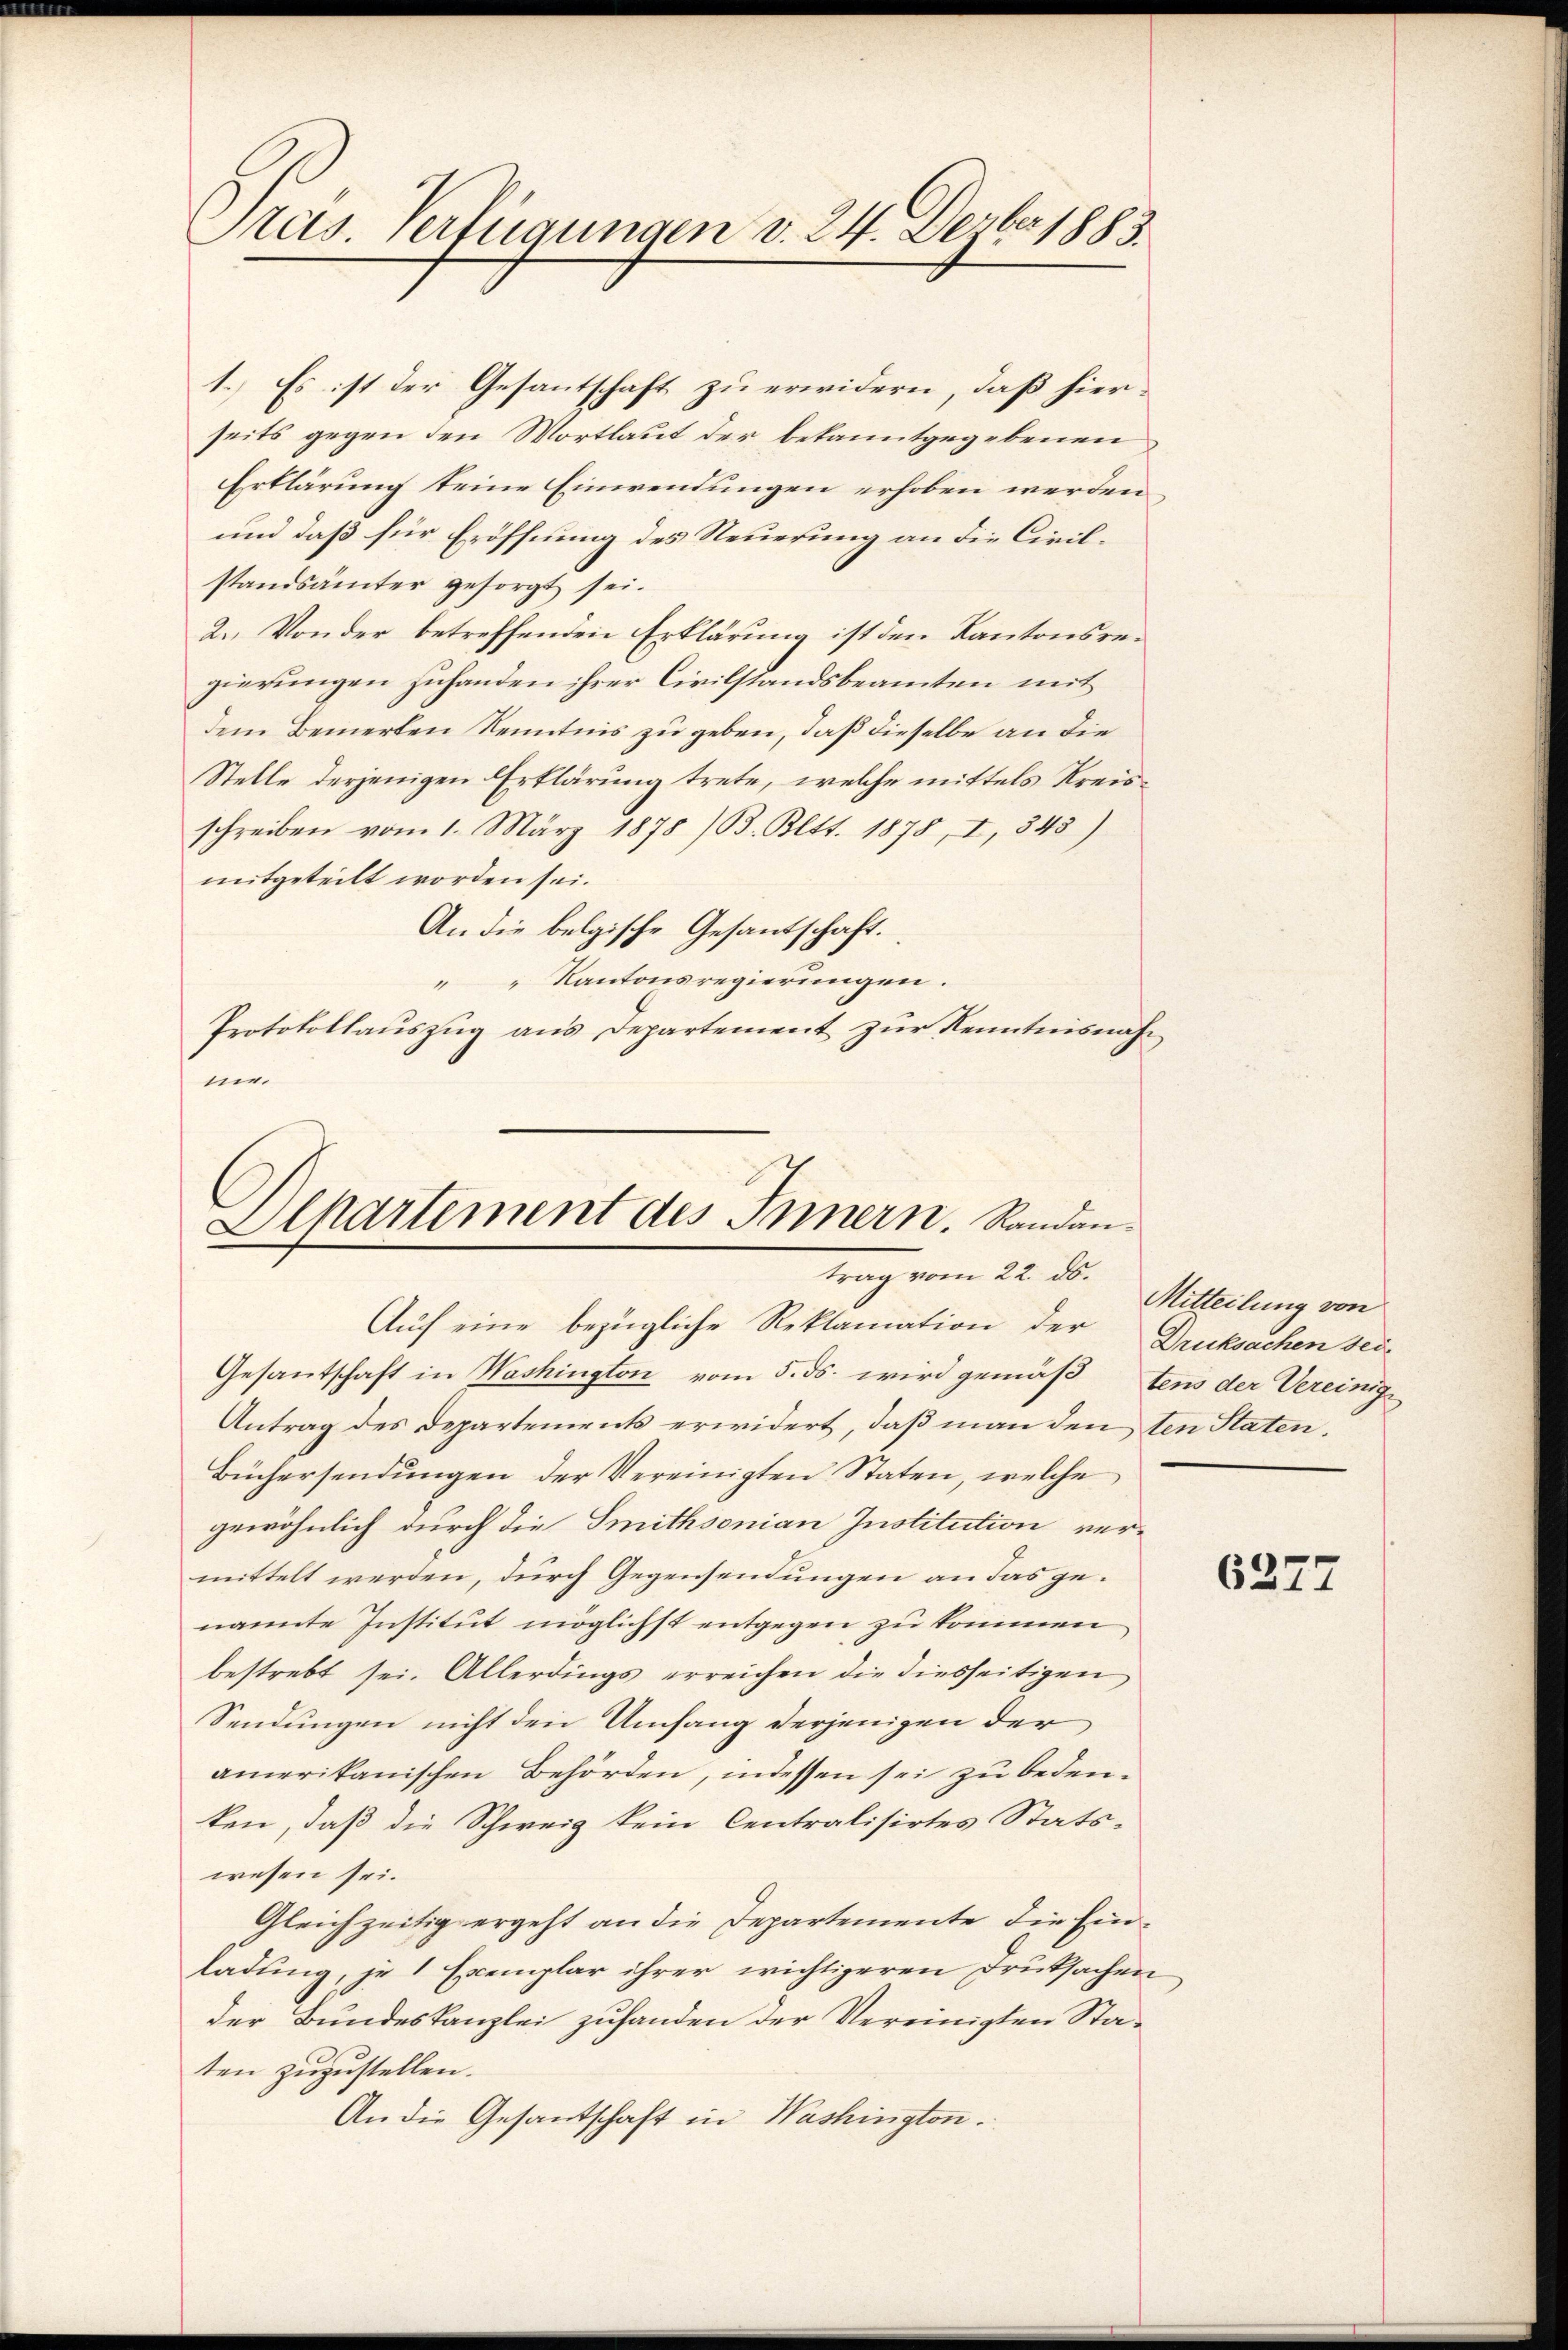
Pras. Verfügungen v. 24. Devber 1883.

1.) Es ist der Gesantschaft zu erwidern, daß hierseits gegen den Wortlaut der bekanntgegebenen
Erklärung keine Einwendungen erhoben werden.
und daß für Eröffnung des Steuerung an die Civilstandsämter gesorgt sei.
2. Von der betreffenden Erklärung ist den Kantonsregierungen zuhanden ihrer Civilstandsbeamten mit
dem Bemerken Kenntnis zu geben, daß dieselbe an die
Stelle derjenigen Erklärung trete, welche mittels Kreisschreiben vom 1. März 1878 /B. Bett. 1878, I, 345)
mitgeteilt worden sei.
An die belgische Gesandschaft.
 Kantonsregierungen.
Protokollaŭszŭg ans Departement zŭr Kenntnisnah
ne

Departement des Innern. Randantrag vom 22. ds.

Aŭf eine bezügliche Reklamation der Drucksachen sei¬
Gesantschaft in Washington vom 5. ds. wird gemäßtens der Vereinige
Antrag des Departements erwidert, daß man den ten Staten.
Büchersendŭngen der Vereinigten Staten, welche
gewöhnlich durch die Smithsonian Institution vermittelt werden, durch Gegensendungen an das genannte Institut möglichst entgegen zu kommen
bestrebt sei. Allerdings erreichen die diesseitigen
Sendungen nicht den Umfang derjenigen der
amerikanischen Behörden, indessen sei zu bedeuken, daß die Schweig kein Centralisirtes Statswesen sei.
Gleichzeitig ergeht an die Departemente die Einladung, je 1 Exemplar ihrer wichtigeren Druksachen
der Bundeskanzlei zufanden der Vereinigten Staten zuzustellen.
An die Gesantschaft in Washington.

Mitteilung von

6377